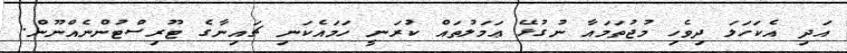
އަދި އެކަހަލަ ދިވެހި މުޖުތަމައާ ނުގުޅޭ ޢަމަލުތައް ކުރަނީ ހަމައެކަނި ޗައިނާގެ ޓޫރިސްޓުންނެއްނޫން.